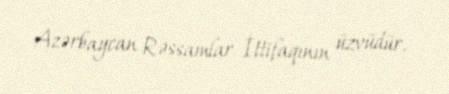
Azərbaycan Rəssamlar İttifaqının üzvüdür.